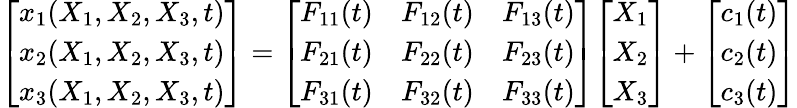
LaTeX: {\left[\begin{array}{l}{x_{1}(X_{1},X_{2},X_{3},t)}\\ {x_{2}(X_{1},X_{2},X_{3},t)}\\ {x_{3}(X_{1},X_{2},X_{3},t)}\end{array}\right]}={\left[\begin{array}{lll}{F_{11}(t)}&{F_{12}(t)}&{F_{13}(t)}\\ {F_{21}(t)}&{F_{22}(t)}&{F_{23}(t)}\\ {F_{31}(t)}&{F_{32}(t)}&{F_{33}(t)}\end{array}\right]}{\left[\begin{array}{l}{X_{1}}\\ {X_{2}}\\ {X_{3}}\end{array}\right]}+{\left[\begin{array}{l}{c_{1}(t)}\\ {c_{2}(t)}\\ {c_{3}(t)}\end{array}\right]}